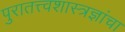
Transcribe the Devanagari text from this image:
पुरातत्त्वशास्त्रज्ञांचा